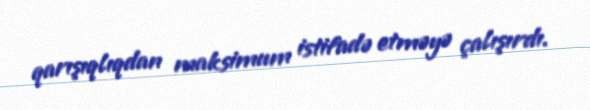
qarışıqlıqdan maksimum istifadə etməyə çalışırdı.